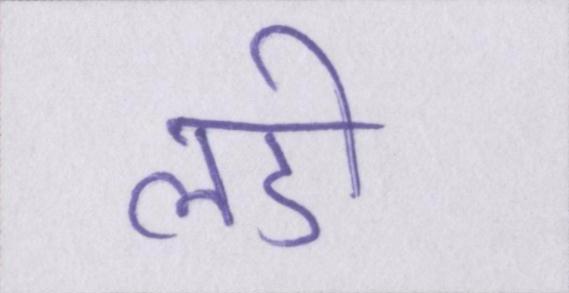
लडी